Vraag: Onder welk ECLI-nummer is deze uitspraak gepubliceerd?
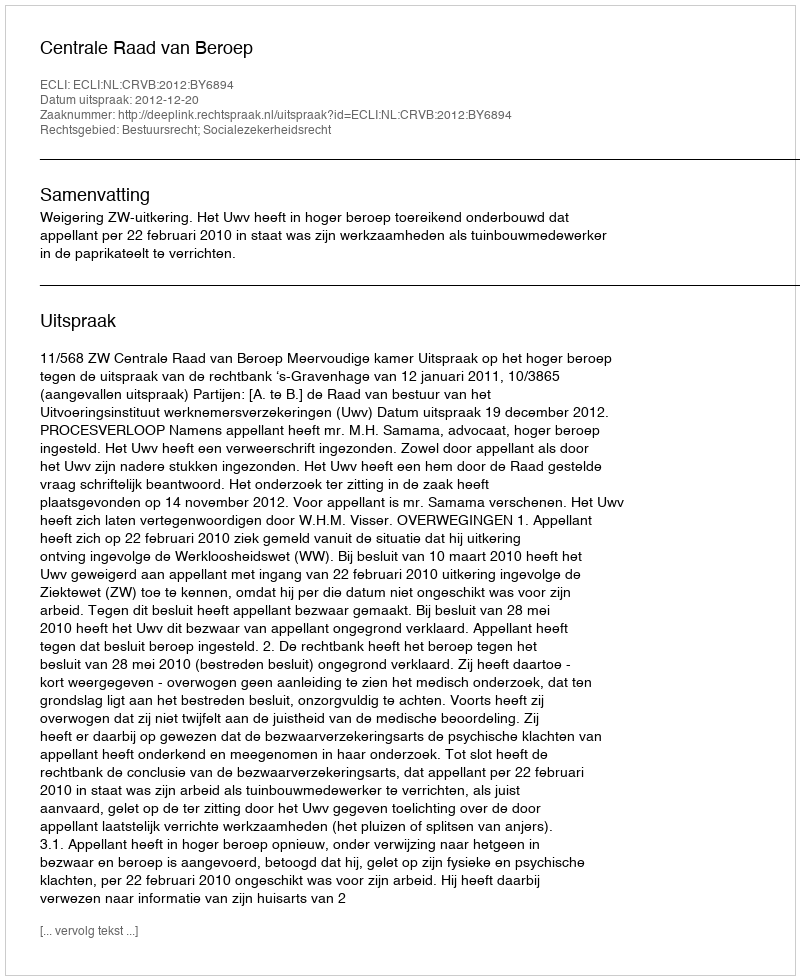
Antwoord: ECLI:NL:CRVB:2012:BY6894